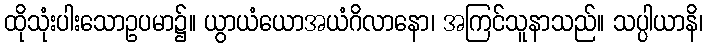
ထိုသုံးပါးသောဥပမာ၌။ ယွာယံယောအယံဂိလာနော၊ အကြင်သူနာသည်။ သပ္ပါယာနိ၊